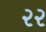
૨૨